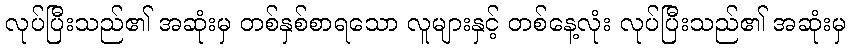
လုပ်ပြီးသည်၏ အဆုံးမှ တစ်နှစ်စာရသော လူများနှင့် တစ်နေ့လုံး လုပ်ပြီးသည်၏ အဆုံးမှ